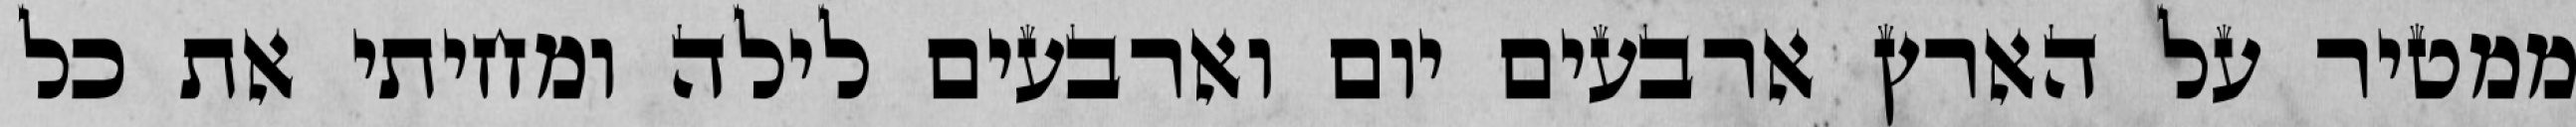
ממטיר על הארץ ארבעים יום וארבעים לילה ומחיתי את כל